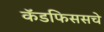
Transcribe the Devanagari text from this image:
कॅडफिससचे